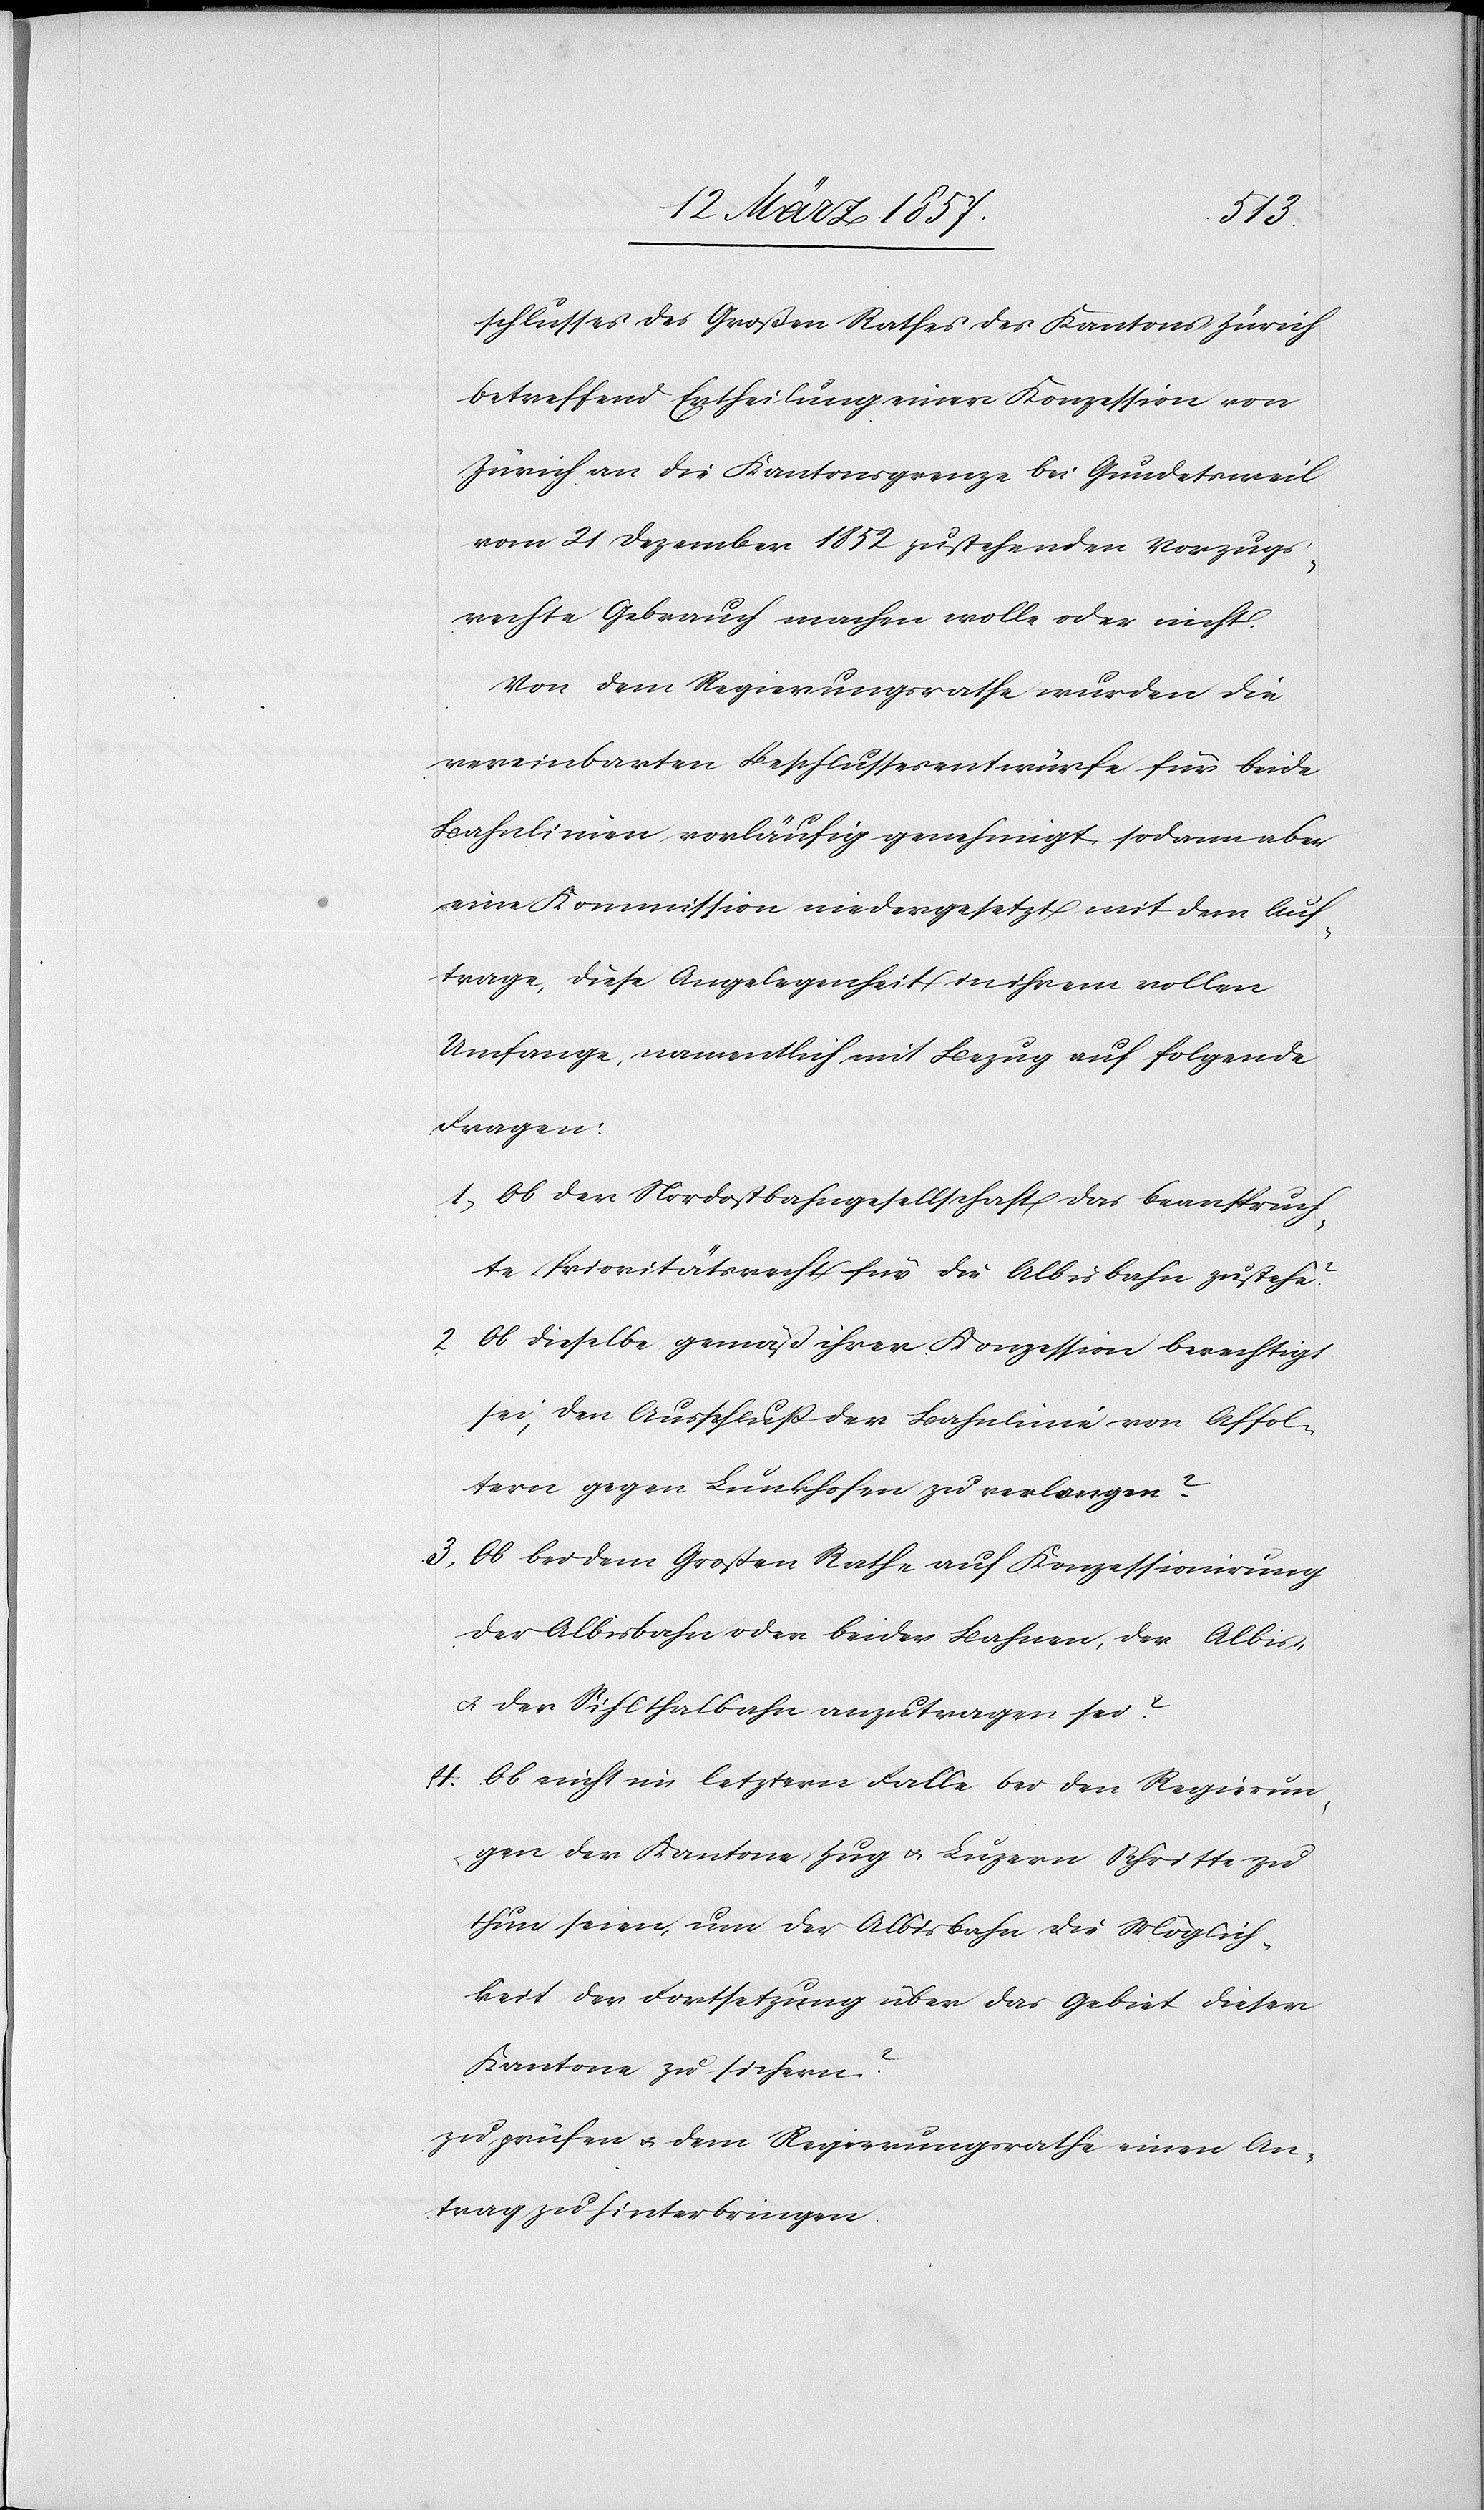
schlusses des Großen Rathes des Kantons Zürich
betreffend Ertheilung einer Konzession von
Zürich an die Kantonsgrenze bei Gundetsweil
vom 21 Dezember 1852 zustehenden Vorzugs¬
rechte Gebrauch machen wolle oder nicht.
Von dem Regierungsrathe wurden die
vereinbarten Beschlussesentwürfe für beide
Bahnlinien vorläufig genehmigt, sodann aber
eine Kommission niedergesetzt mit dem Auf¬
trage, diese Angelegenheit in ihrem vollen
Umfange, namentlich mit Bezug auf folgende
Fragen:
1. Ob der Nordostbahngesellschaft das beanspruch¬
te Prioritätsrecht für die Albisbahn zustehe?
2. Ob dieselbe gemäß ihrer Konzession berechtigt
sei, den Ausschluß der Bahnlinie von Affol¬
tern gegen Lunkhofen zu verlangen?
3. Ob bei dem Großen Rathe auf Konzessionirung
der Albisbahn oder beider Bahnen, der Albis-
u. der Sihlthalbahn anzutragen sei?
4. Ob nicht im letztern Falle bei den Regierun¬
gen der Kantone Zug u. Luzern Schritte zu
thun seien, um der Albisbahn die Möglich¬
keit der Fortsetzung über das Gebiet dieser
Kantone zu sichern?
zu prüfen u. dem Regierungsrathe einen An¬
trag zu hinterbringen.